Report on vaccination in Madras 1904-1921 - 1904-1921
Year: 1904
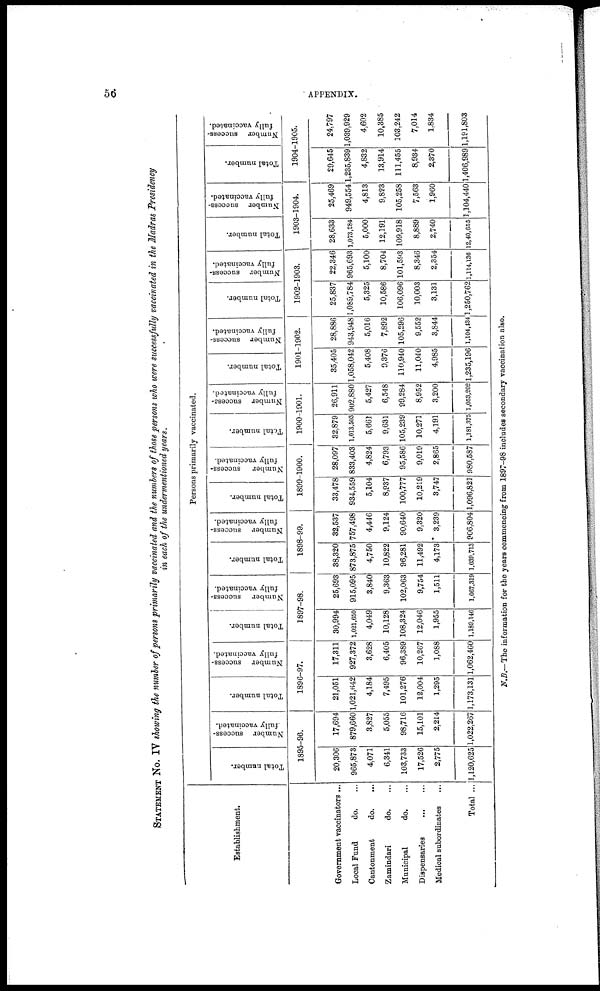
56
APPENDIX.
STATEMENT NO. IV showing the number of persons primarily vaccinated and the numbers of those persons who were successfully vaccinated in the Madras Presidency
in each of the undermentioned years.
Establishment.
Government vaccinators ...
Local Fund
do. ...
Cantonment
do. ...
Zamindari
do. ...
Municipal
do. ...
Dispensaries
...
...
Medical subordinates ...
Total ...
Persons primarily vaccinated.
Total number.
Number success-
fully vaccinated.
1895-96.
20,306
965,873
4,071
6,341
103,733
17,526
2,775
1,120,625
17,694
879,660
3,827
5,055
98,716
15,101
2,214
1,022,267
Total number.
Number success-
fully vaccinated.
1896-97.
21,051
1,021,642
4,184
7,495
101,276
12,004
1,295
1,173,131
17,311
927,372
3,628
6,405
96,389
10,267
1,088
1,062,460
Total number.
Number success-
fully vaccinated.
1897-98.
30,994
1,021.650
4,049
10,128
108,324
12,046
1,955
1,189,146
25,693
915,095
3,840
9,363
102,063
9,754
1,511
1,067,319
Total number.
Number success-
fully vaccinated.
1898-99.
38,320
873,875
4,750
10,822
96,281
11,492
4,173
1,039,713
32,537
757,498
4,446
9,124
90,640
9,320
3,239
906,804
Total number.
Number success-
--lly vaccinated.
1899-1900.
33,478
934,559
5,104
8,937
100,777
10,219
3,747
1,096,821
28,097
833,403
4,824
6,793
95,586
9,019
2,865
980,587
Total number.
Number success-
fully vaccinated.
1900-1901.
32,879
1,013,503
5,661
9,631
105,239
10,271
4,191
1,181,375
26,911
902,880
5,427
6,548
99,284
8,952
3,200
1,053,202
Total number.
Number success-
--lly vaccinated.
1901-1902.
35,405
1,058,042
5,408
9,376
110,940
11,040
4,985
1,235,196
28,886
943,948
5,016
7,892
105,296
9,552
3,844
1,104,134
Total number.
Number success¬
fully vaccinated.
1902-1903.
25,837
1,089,784
5,325
10,586
106,096
10,003
3,131
1,250,762
22,346
965,693
5,100
8,704
101,593
8,346
2,354
1,114,136
Total number.
Number success-
--lly vaccinated.
1903-1904.
28,633
1,073,284
5,000
12,191
109,918
8,889
2,740
12,40,655
25,469
949,554
4,813
9,823
105,258
7,563
1,960
1,104,440
Total number.
Number success-
fully vaccinated.
1904-1905.
29,645
1,235,839
4,832
13,914
111,455
8,934
2,370
1,406,989
24,797
1,039,929
4,602
10,385
103,242
7,014
1,834
1,191,803
N.B.—The information for the years commencing from 1897-98 includes secondary vaccination also.